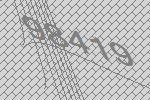
98419